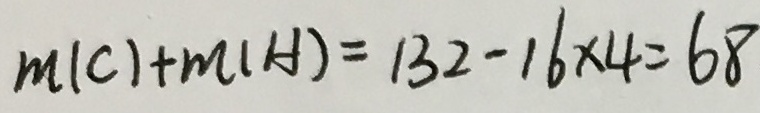
m ( C ) + m ( A ) = 1 3 2 - 1 6 \times 4 = 6 8